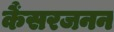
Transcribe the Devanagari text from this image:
कैंसरजनन